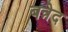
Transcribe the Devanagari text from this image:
बन्नेद